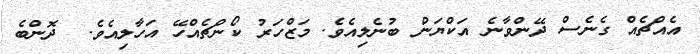
އެއްޗެއް ގެނެސް ދޭންވާނެ އަކްޔަން ބުނެލިއެވެ. މަޒްހަރު ކޯންޗެއްހޭ އަހާލިއެވެ.  ދޮންބެ